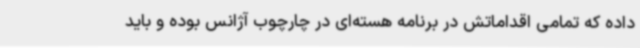
داده که تمامی اقداماتش در برنامه هسته‌ای در چارچوب آژانس بوده و باید